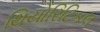
થિયોરિટિકલ